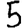
Digit: 5